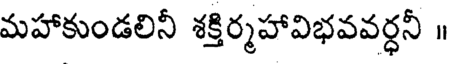
మహాకుండలినీ శక్తిర్మహావిభవవర్ధనీ ॥